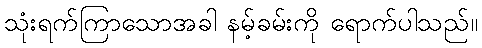
သုံးရက်ကြာသောအခါ နမ့်ခမ်းကို ရောက်ပါသည်။